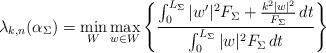
LaTeX: \begin{align*}\lambda_{k,n}(\alpha_\Sigma) = \min_W \max_{w \in W} \left\{ \frac{ \int_0^{L_\Sigma} |w'|^2 F_\Sigma + \frac{k^2 |w|^2}{F_\Sigma} \,dt}{ \int_0^{L_\Sigma} |w|^2 F_\Sigma \,dt} \right\}\end{align*}